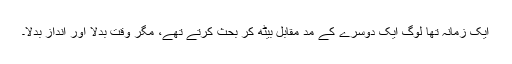
ایک زمانہ تھا لوگ ایک دوسرے کے مد ِمقابل بیٹھ کر بحث کرتے تھے، مگر وقت بدلا اور انداز بدلا۔